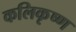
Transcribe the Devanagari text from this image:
कलिकृष्ण